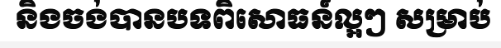
និងចង់បានបទពិសោធន៍ល្អៗ សម្រាប់